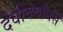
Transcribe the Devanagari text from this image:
देवीवर्योधसं